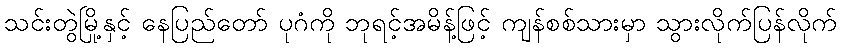
သင်းတွဲမြို့နှင့် နေပြည်တော် ပုဂံကို ဘုရင့်အမိန့်ဖြင့် ကျန်စစ်သားမှာ သွားလိုက်ပြန်လိုက်